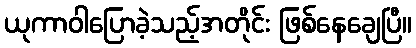
ယုကာဝါပြောခဲ့သည့်အတိုင်း ဖြစ်နေချေပြီ။